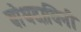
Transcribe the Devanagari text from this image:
बोधदायिनी